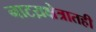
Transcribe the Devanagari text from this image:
नाटय़क्षेत्रातही